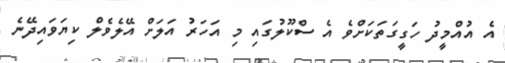
އެ އުއްމީދު ހަގީގަތަކަށްވެ އެ ސްކޫލުގައި މި އަހަރު އަލަށް އޭލެވެލް ކިޔަވައިދޭނެ